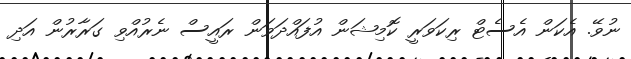
ނުވޭ. އެކަން އެސެޓް ރިކަވަރީ ކޮމިޝަން އުފައްދަވަން ރައީސް ނެރުއްވި ގަރާރުން އަދި